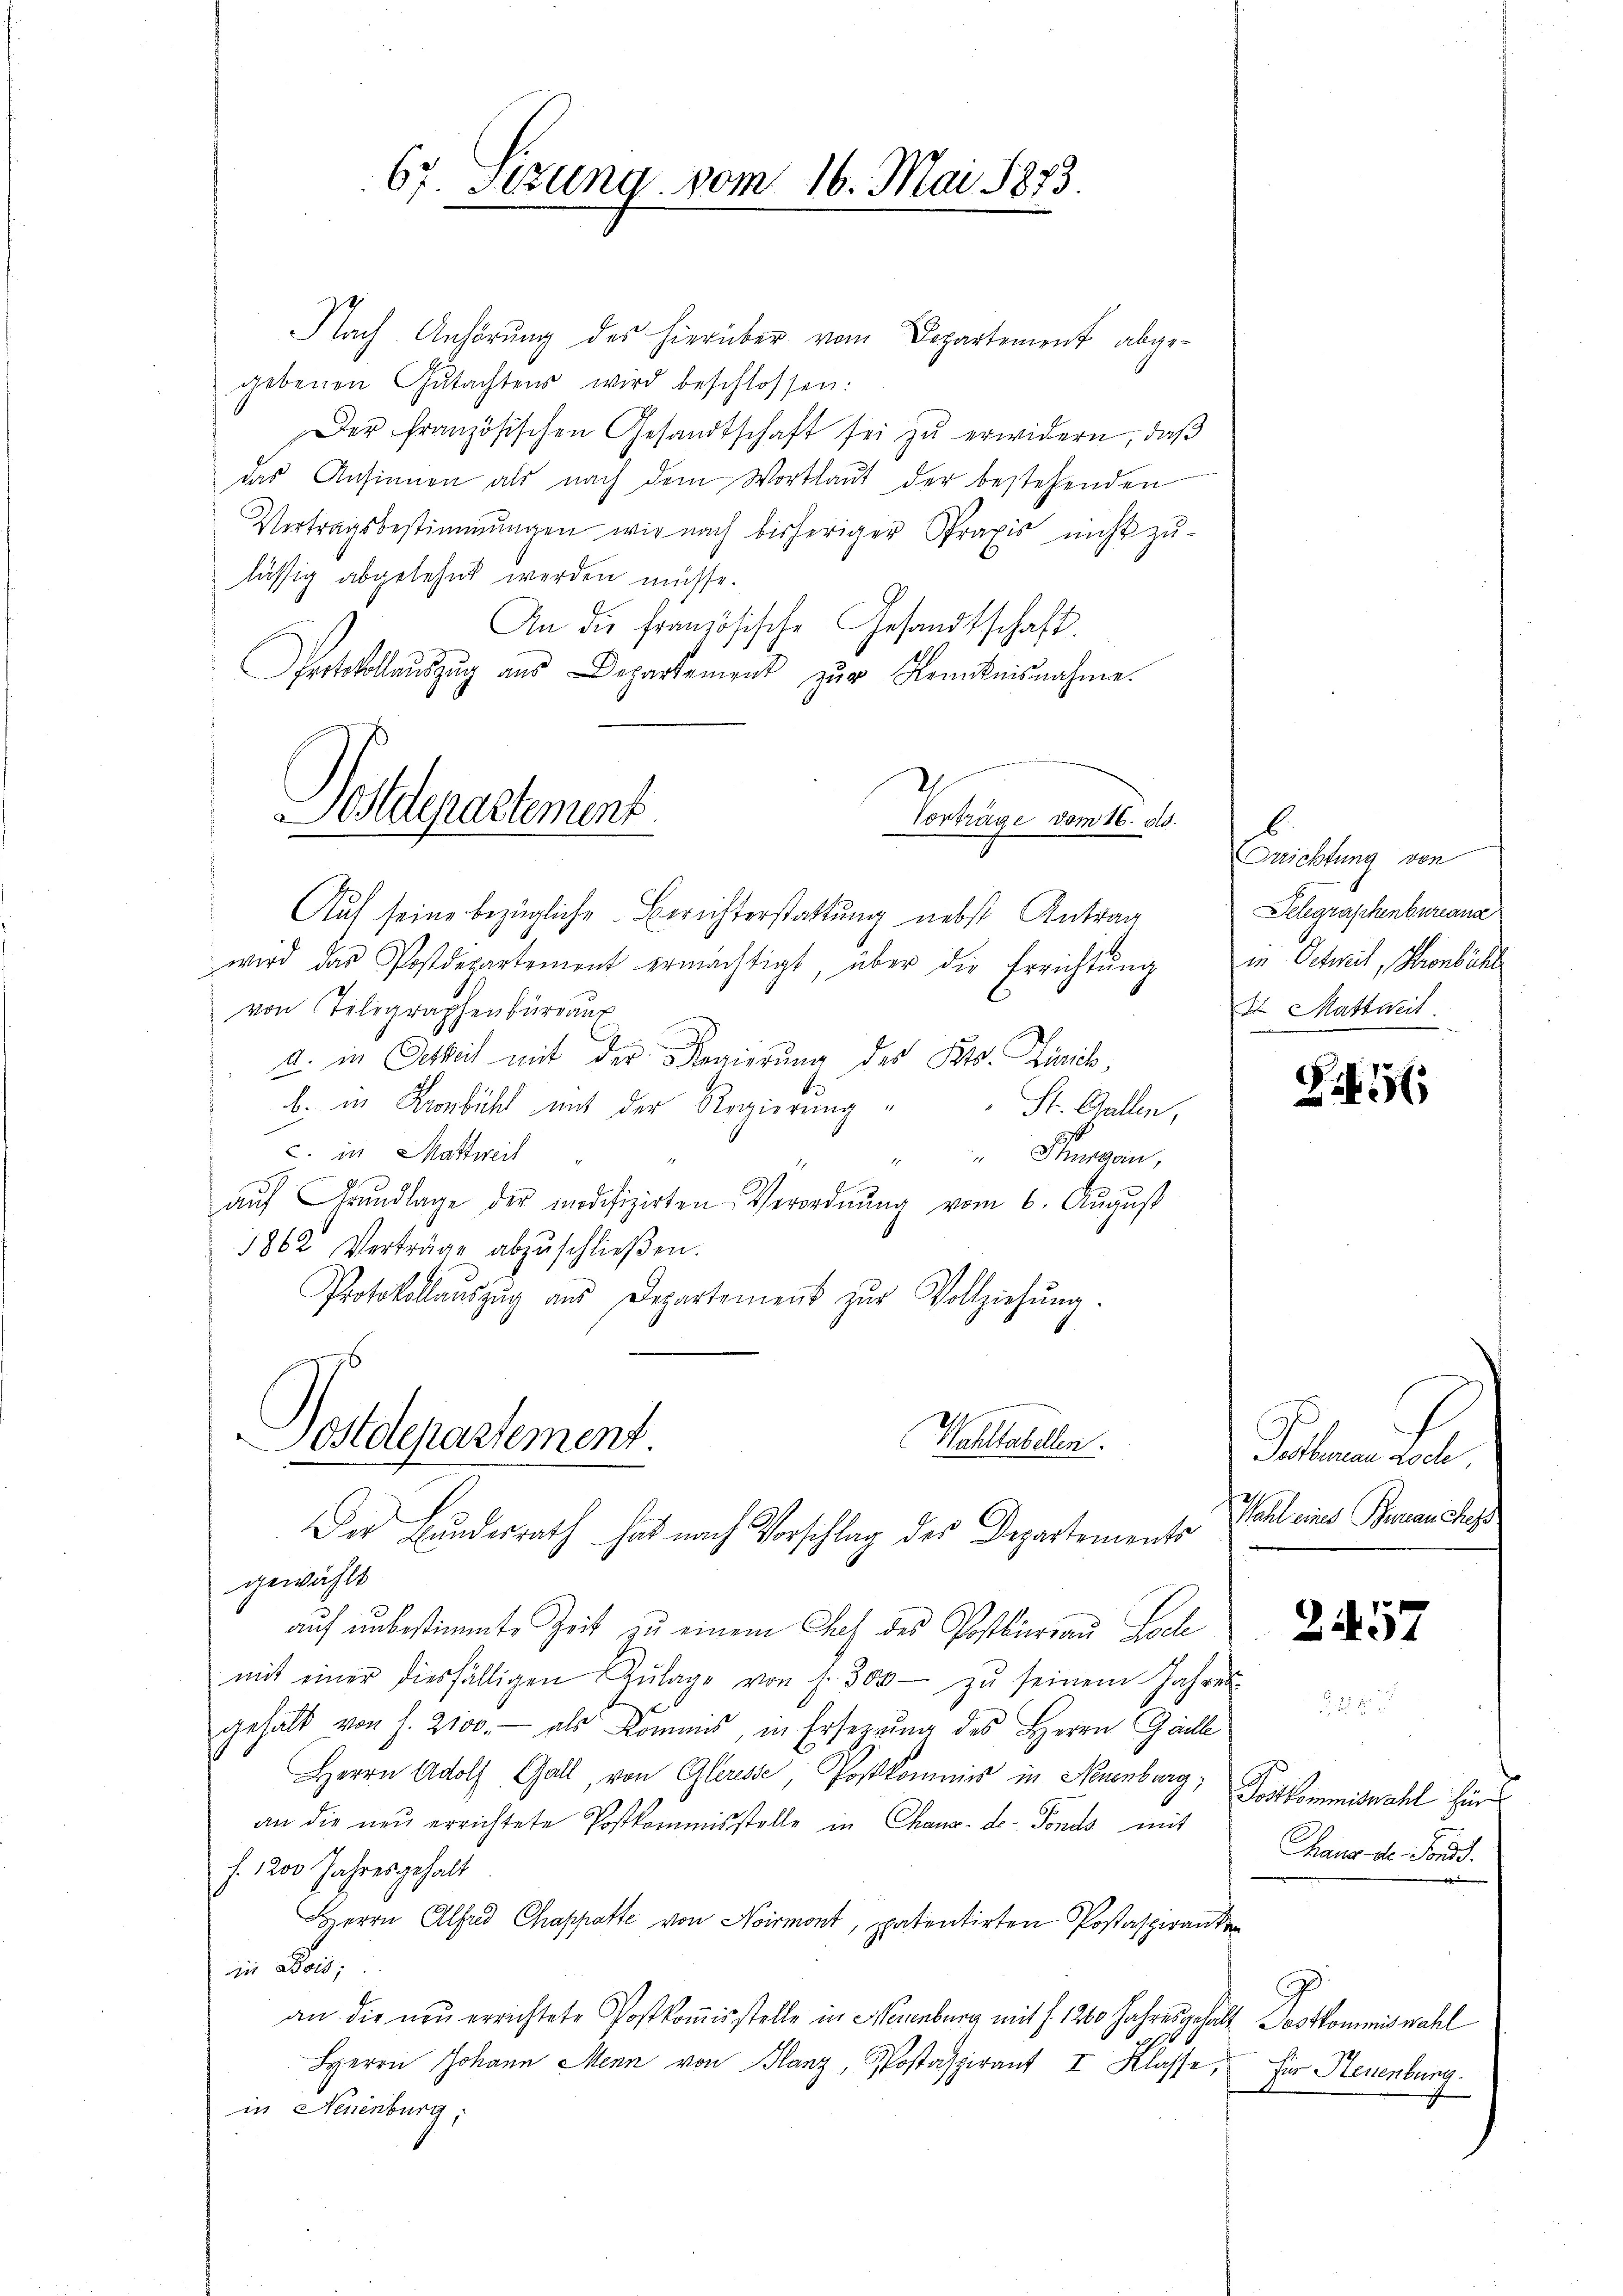
67. Sezung vom 16. Mai 1873.

Nach Anhörung des hierüber vom Departement abgegebenen Gŭtachtens wird beschlossen:
Der französischen Gesandtschaft sei zŭ erwidern, daβ
das Ansinnen als nach dem Wortlaut der bestehenden
Vertragsbestimmungen wir nach bisheriger Praxis nicht zu-
lässig abgelehnt werden müsse.
An die Französische Gesandtschaft
Protokollauszug aus Departement zur Kenntnisnahme.
Vorträge vom 16. ds.
Auf seine bezügliche Berichterstattung nebst Antrag
wird das Postdepartement ermächtigt, über die Errichtŭng
von Telegraphenbureau
a. in Oetkeit mit der Regierung des Kts. Zürich,
b. in Kronbühl mit der Regierung
St. Gallen,
c. in Mattweil
Singen,
18
aŭf Grŭndlage der modifizirten Verordnung vom 6. August
1862 Verträge abzŭschlieβen.
Protokollaŭszŭg ans Departement zŭr Vollziehŭng.
Postdepartement.
Wohltatelen.
Der Bundesrath hat nach Vorschlag des Departemente Weil eines Benanstage
gewählt
auf unbestimmte Zeit zu einem Das des Postbureau Loche
mit einer diesfälligen Zŭlage von s. 300 zŭ seinem Jahres
gehalt von f. 2100.- als Kommis, in Ersezung des Herrn Galle
Herrn Adolf Gall, von Gleresse, Postkommis in Neuenburg,
an die neŭ errichtete Postkommisstelle in Chaux-de-Fonds mit
f. 1200 Jahresgehalt
Herrn Alfeld Chappatte von Normont, patentirten Postaspiranten
din Beisi
an die neu errichtete Postkommisstelle in Neuenburg mit f. 1260 Jahres gehalt Postkommiswahl
HHerrn Johann Menn von Glanz, Postaspirant I Klasse,
in Neuenburg,

Postdepartement.

b
Drrichtung von
Telegraschenbureause
in Oetweil, Kronbühl
I Mastacit.

S.5

Tatberen doch

2457

Postkommiswahl hier
Haus d. Jos.

Für Neuenburg.